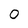
Character: 0